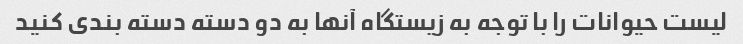
لیست حیوانات را با توجه به زیستگاه آنها به دو دسته دسته بندی کنید